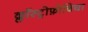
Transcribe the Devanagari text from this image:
क्लॉस्ट्रोफ़ोबिया